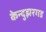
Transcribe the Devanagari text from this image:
केन्दुझरगड